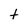
Character: t